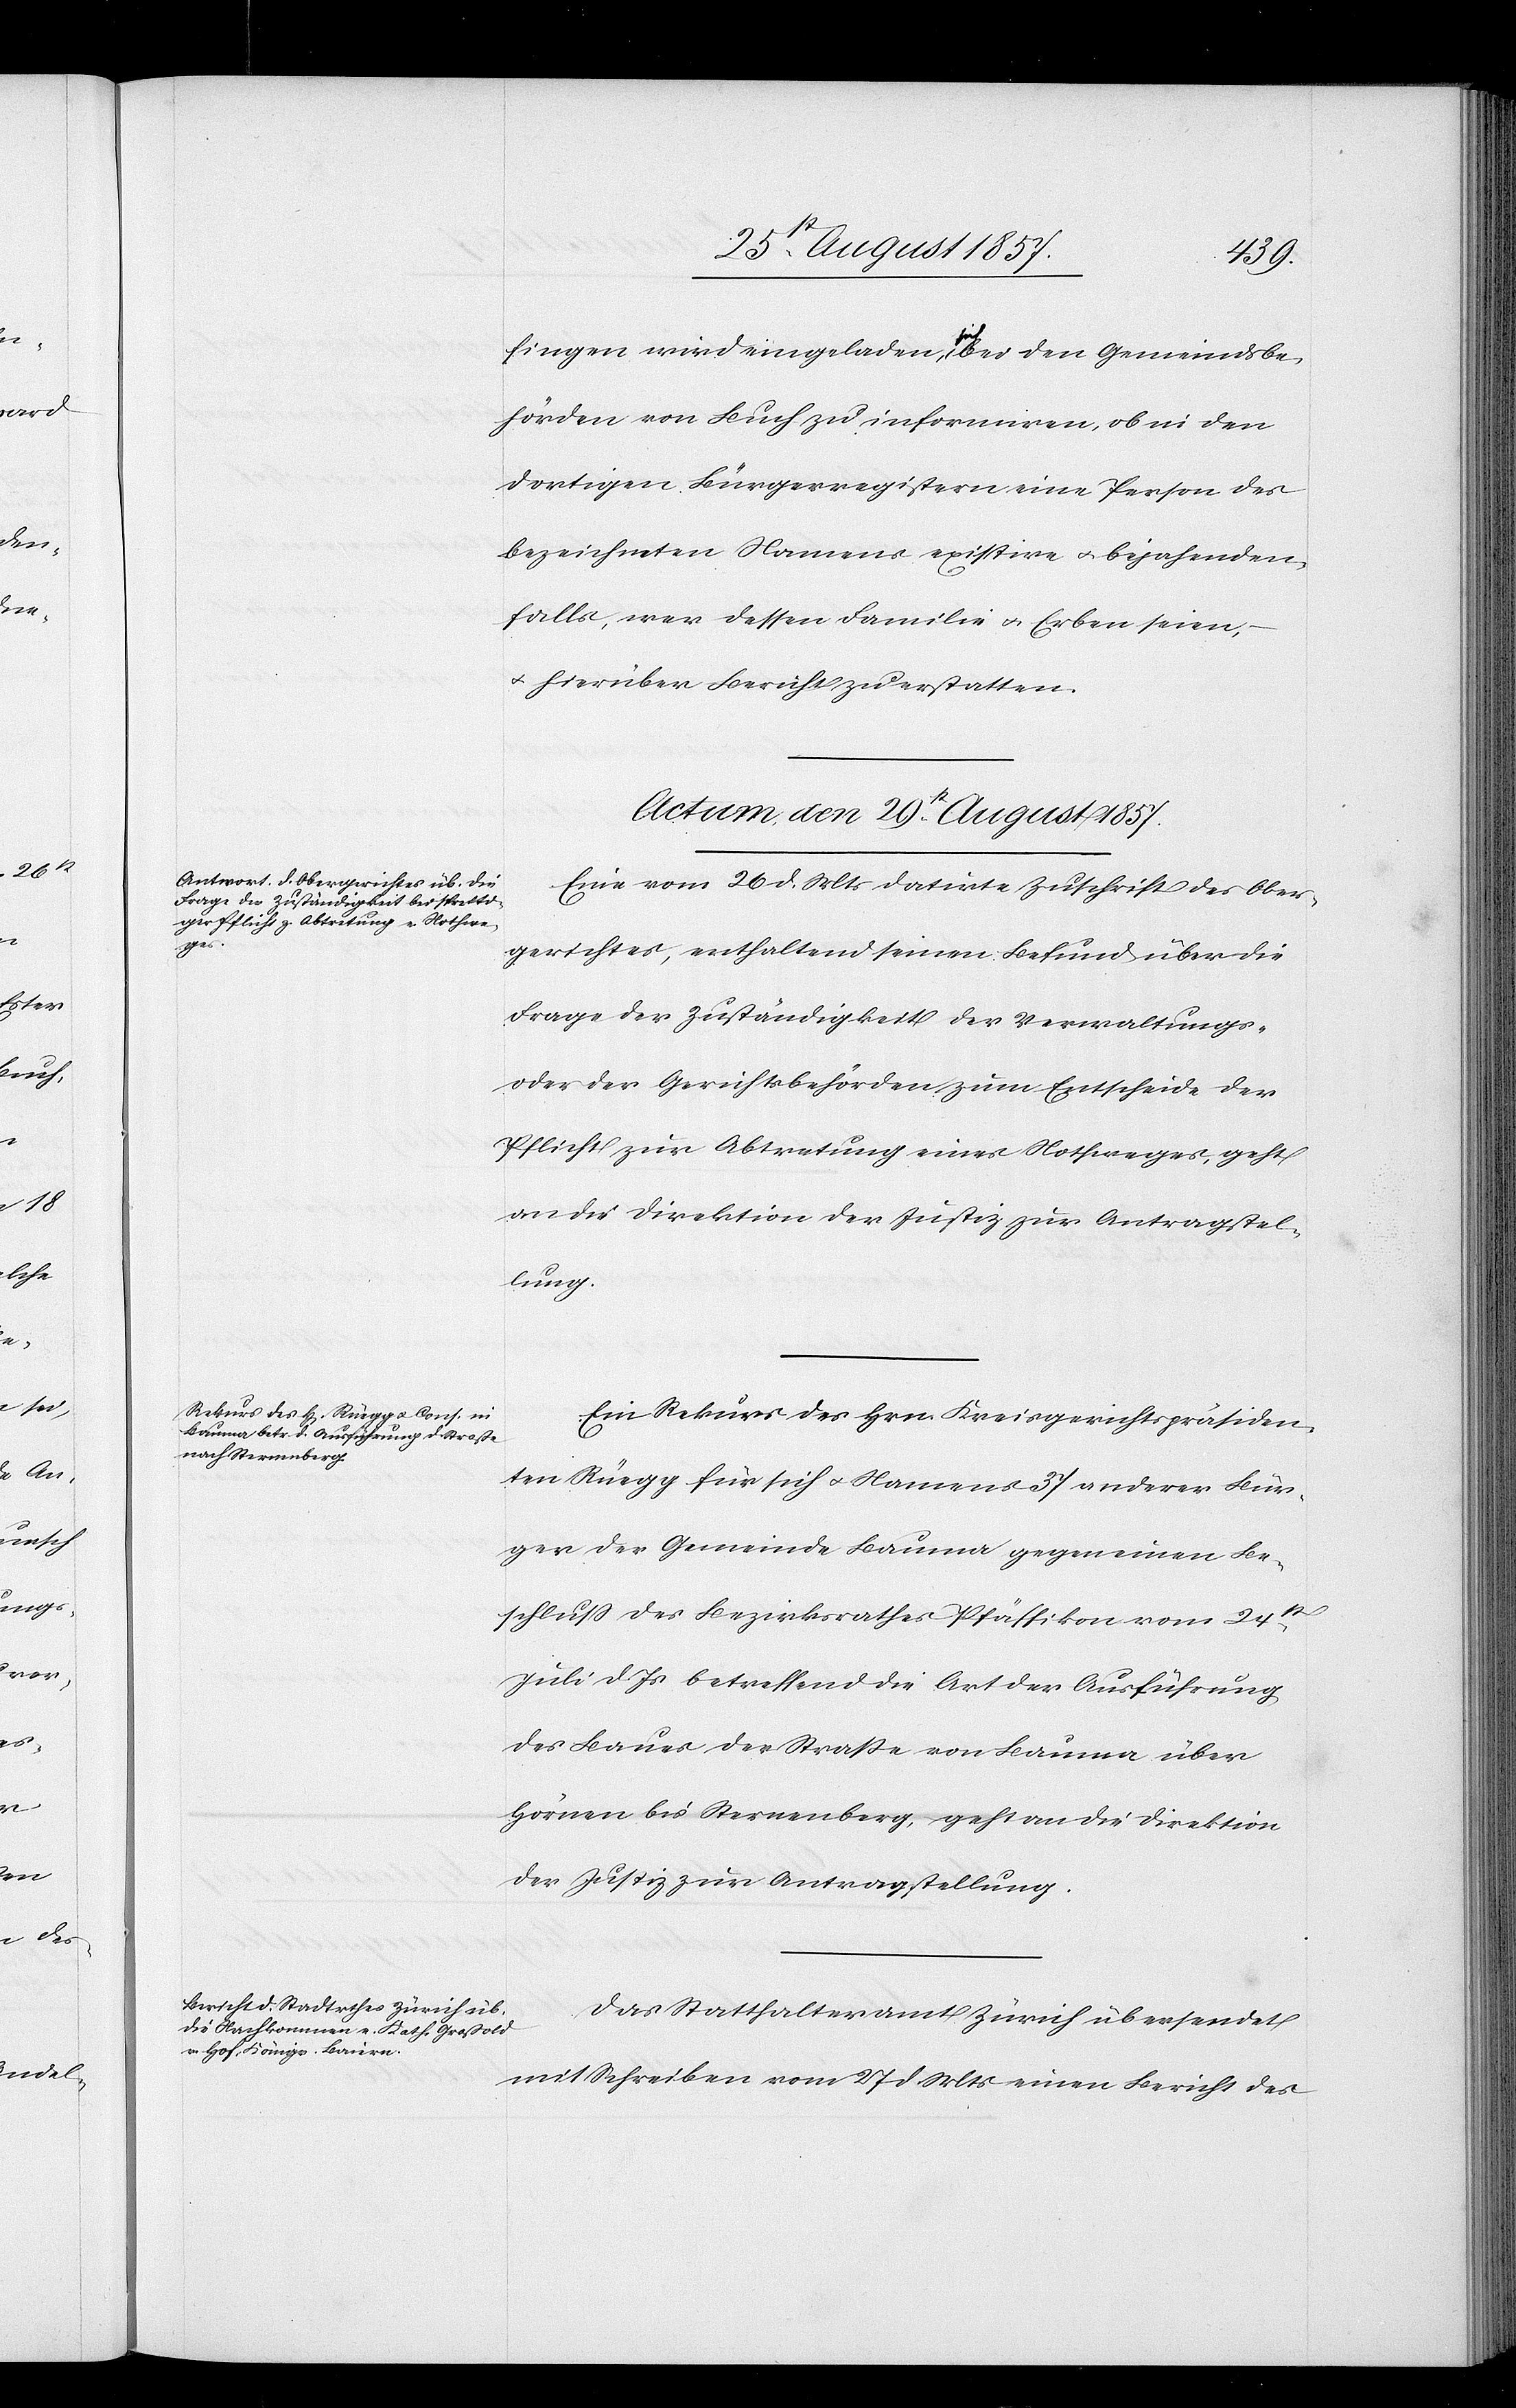
fingen wird eingeladen, sich bei den Gemeindsbe¬
hörden von Buch zu informiren, ob in den
dortigen Bürgerregistern eine Person des
bezeichneten Namens existire & bejahenden¬
falls, wer dessen Familie & Erben seien,
& hierüber Bericht zu erstatten.
Actum, den 29t August 1857.]
Eine vom 26 d. Mts. datirte Zuschrift des Ober¬
gerichtes, enthaltend seinen Befund über die
Frage der Zuständigkeit der Verwaltungs-
oder der Gerichtsbehörden zum Entscheide der
Pflicht zur Abtretung eines Nothweges, geht
an die Direktion der Justiz zur Antragstel¬
lung.
Ein Rekurs des Hrn. Kreisgerichtspräsiden¬
ten Rüegg für sich & Namens 37 anderer Bür¬
ger der Gemeinde Bauma gegen einen Be¬
schluß des Bezirksrathes Pfäffikon vom 24st
Juli d. Js. betreffend die Art der Ausführung
des Baues der Straße von Bauma über
Hörnen bei Sternenberg, geht an die Direktion
der Justiz zur Antragstellung.
Das Statthalteramt Zürich übersendet
mit Schreiben vom 27 d. Mts. einen Bericht des